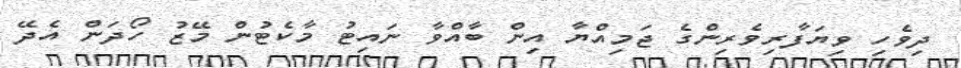
ދިވެހި ވިޔަފާރިވެރިންގެ ޖަމިއްޔާ އިން ބާއްވާ ނައިޓު މާކެޓުން މޭޒު ހޯދަން އެދޭ